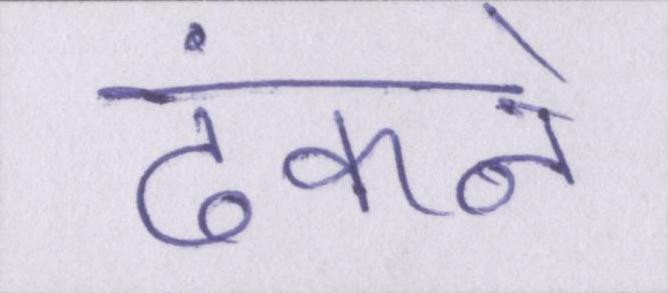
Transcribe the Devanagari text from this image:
ढंकने